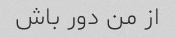
از من دور باش